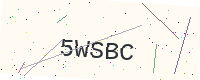
Text: 5WSBC